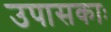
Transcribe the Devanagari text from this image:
उपासकाः